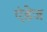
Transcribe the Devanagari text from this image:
एंडेज